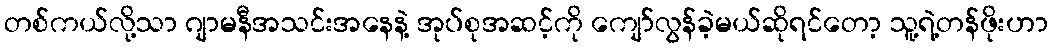
တစ်ကယ်လို့သာ ဂျာမနီအသင်းအနေနဲ့ အုပ်စုအဆင့်ကို ကျော်လွန်ခဲ့မယ်ဆိုရင်တော့ သူ့ရဲ့တန်ဖိုးဟာ